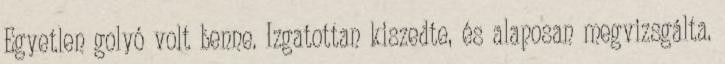
Egyetlen golyó volt benne. Izgatottan kiszedte, és alaposan megvizsgálta.